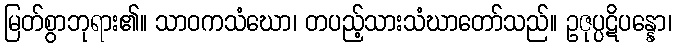
မြတ်စွာဘုရား၏။ သာဝကသံဃော၊ တပည့်သားသံဃာတော်သည်။ ဥဇုပ္ပဋိပန္နော၊